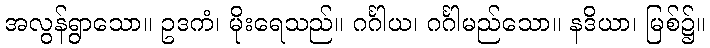
အလွန်ရွာသော။ ဥဒကံ၊ မိုးရေသည်။ ဂင်္ဂါယ၊ ဂင်္ဂါမည်သော။ နဒိယာ၊ မြစ်၌။